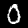
Digit: 0